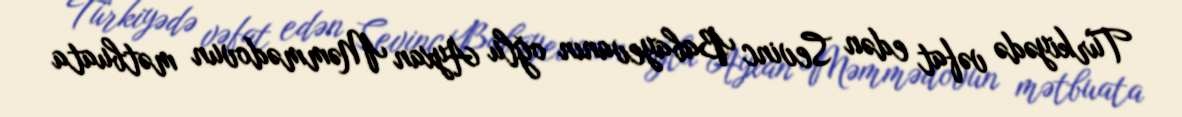
Türkiyədə vəfat edən Sevinc Babayevanın oğlu Ayxan Məmmədovun mətbuata